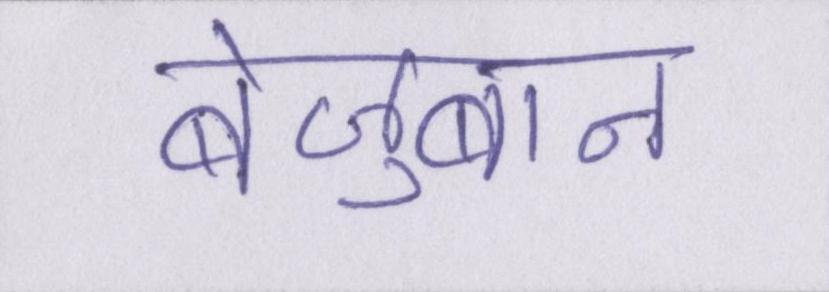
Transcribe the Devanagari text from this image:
बेज़ुबान